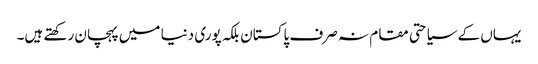
یہاں کے سیاحتی مقام نہ صرف پاکستان بلکہ پوری دنیا میں پہچان رکھتے ہیں۔